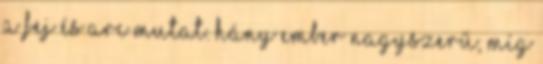
a fej és arc mutat. Hány ember nagyszerű, míg